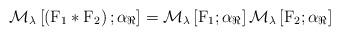
LaTeX: \begin{align*}\mathcal{M}_{{\lambda}}\left[\left(\mathrm{F}_1\ast\mathrm{F}_2\right);\alpha_{\mathrm{\Re}}\right]= \mathcal{M}_{{\lambda}}\left[\mathrm{F}_1;\alpha_{\mathrm{\Re}}\right]\mathcal{M}_{{\lambda}}\left[ \mathrm{F}_2;\alpha_{\mathrm{\Re}}\right]\end{align*}